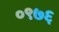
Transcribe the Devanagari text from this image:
०९७६